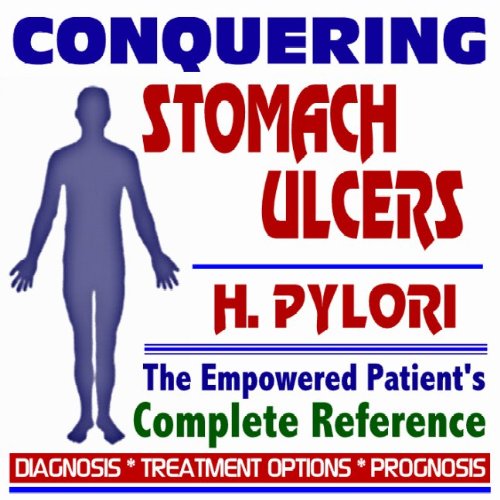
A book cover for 2009 Conquering Stomach Ulcers (Peptic, Gastric Ulcers) and H. Pylori Infections - The Empowered Patient's Complete Reference - Diagnosis, Treatment Options, Prognosis (Two CD-ROM Set); PM Medical Health News; Health, Fitness & Dieting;